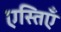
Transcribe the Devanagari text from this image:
एस्तिएँ